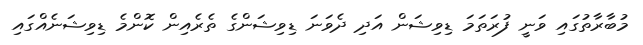
މުބާރާތުގައި ވަނީ ފުރަތަމަ ޑިވިޝަން އަދި ދެވަނަ ޑިވިޝަންގެ ތެރެއިން ކޮންމެ ޑިވިޝަނެއްގައި